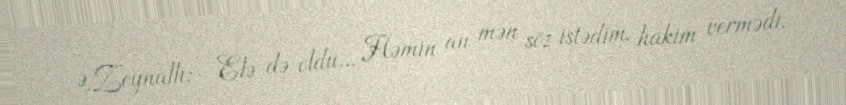
Ə.Zeynallı:- Elə də oldu... Həmin an mən söz istədim, hakim vermədi.